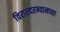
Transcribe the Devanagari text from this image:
विरारदरम्यानच्या